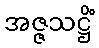
အဇ္ဇသဋ္ဌိံ